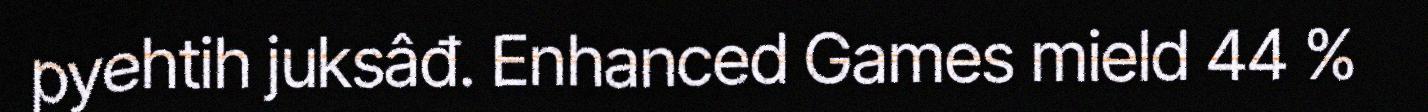
pyehtih juksâđ. Enhanced Games mield 44 %